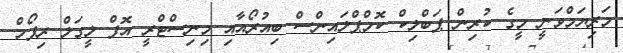
މަރިޔަމްވަނީ މީގެ ކުރިން ޕަބްލިކް ކޮމްޕްލައިންސް ބިއުރޯއާއި މިނިސްޓްރީ އޮފް ލީގަލް ރިފޯމް